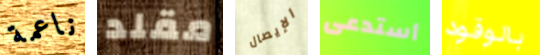
ناعمة مقلد الإيصال أستدعى بالوقود